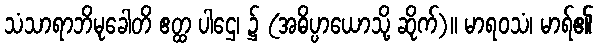
သံသာရာဘိမုခေါတိ ဧတ္ထ ပါဌေ၊ ၌ (အဓိပ္ပာယောသို့ ဆိုက်)။ မာရဝသံ၊ မာရ်၏